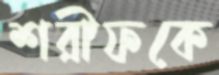
শরীফকে